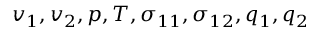
v _ { 1 } , v _ { 2 } , p , T , \sigma _ { 1 1 } , \sigma _ { 1 2 } , q _ { 1 } , q _ { 2 }